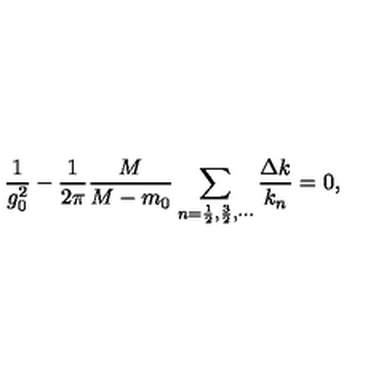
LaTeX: \frac { 1 } { g _ { 0 } ^ { 2 } } - \frac { 1 } { 2 \pi } \frac { M } { M - m _ { 0 } } \sum _ { n = \frac 1 2 , \frac 3 2 , \cdots } \frac { \Delta k } { k _ { n } } = 0 ,